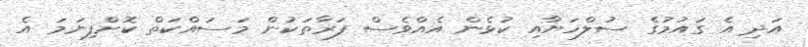
އަދި އެ ގައުމުގެ ސުލްހަޔާއި ކުޅެން އެއްވެސް ފަރާތަކުން މަސައްކަތް ކޮށްފިނަމަ އެ